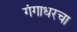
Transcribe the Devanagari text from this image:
गंगाधरचा